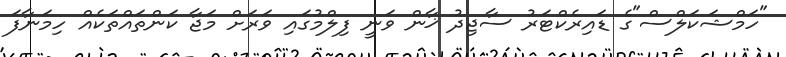
"ހަމްޝަކަލްސް"ގެ ޑައިރެކްޓަރު ސާޖިދު ޚާން ވަނީ ފިލްމުގައި ވަރަށް މަޖާ ކަންތައްތަކެއް ހިމަނާފަ